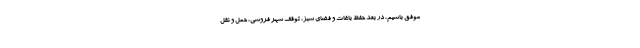
موفق باشیم، در بُعد حفظ باغات و فضای سبز، توقف شهر فروشی، حمل و نقل